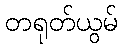
တရုတ်ယွမ်